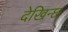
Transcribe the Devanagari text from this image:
देखिन्छ